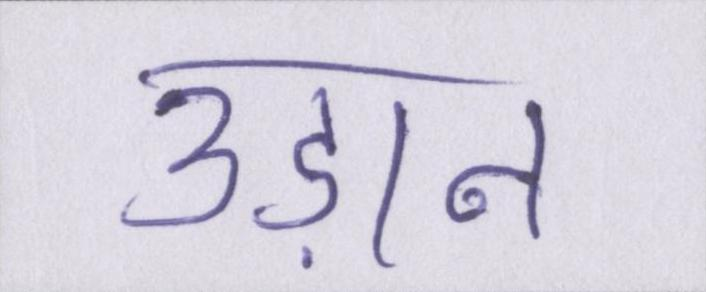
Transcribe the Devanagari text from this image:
उड़ान